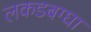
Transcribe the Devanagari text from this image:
लकडबग्घा